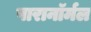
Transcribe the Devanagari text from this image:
पारानाॅर्मल